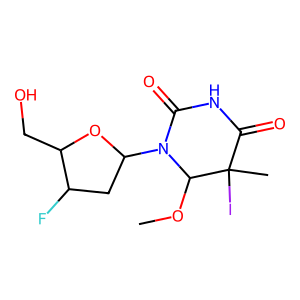
SMILES: COC1N(C2CC(F)C(CO)O2)C(=O)NC(=O)C1(C)I
Inhibits HIV replication: Yes